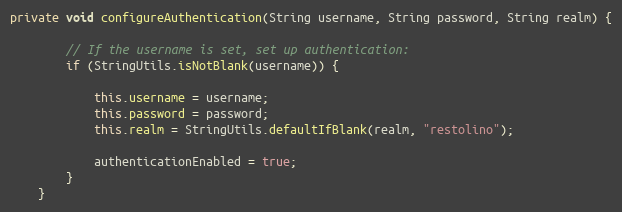
Language: Java
private void configureAuthentication(String username, String password, String realm) {

        // If the username is set, set up authentication:
        if (StringUtils.isNotBlank(username)) {

            this.username = username;
            this.password = password;
            this.realm = StringUtils.defaultIfBlank(realm, "restolino");

            authenticationEnabled = true;
        }
    }